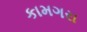
કામગરા